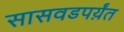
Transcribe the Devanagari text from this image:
सासवडपर्य़ंत